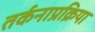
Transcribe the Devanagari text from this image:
तर्कनाप्रक्रिया